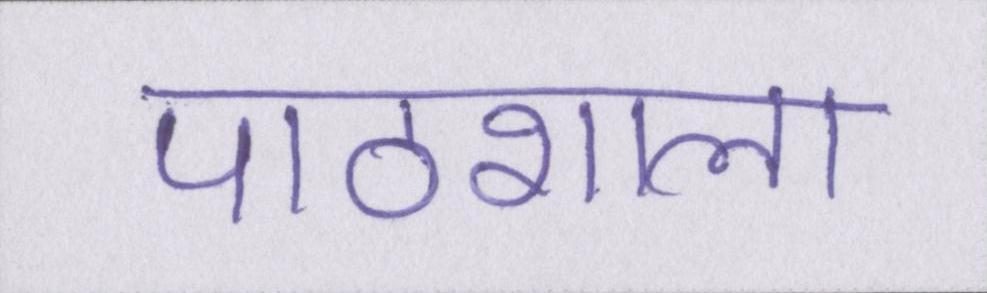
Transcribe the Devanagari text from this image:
पाठशाला